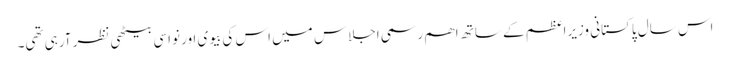
اس سال پاکستانی وزیراعظم کے ساتھ اھم رسمی اجلاس میں اس کی بیوی اور نواسی بیٹھی نظر آرہی تھی۔